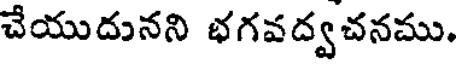
చేయుదునని భగవద్వచనము.